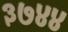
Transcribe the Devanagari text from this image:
३७४४